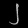
Digit: ၂